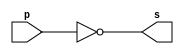
 // ------------------------- 
// Exemplo0002 - NOT 
// Nome:Leonardo Machado Decina 
// ------------------------- 
// ------------------------- 
// -- not gate 
// ------------------------- 
module notgate (output s, input p); 
assign s =~p; // criar vinculo permanente 
// (dependencia) 
endmodule //notgate 
// ------------------------- 
// -- test notgate 
// ------------------------- 
module testnotgate; 
// ------------------------- dados locais 
reg a; // definir registrador 
// (variavel independente) 
wire s; // definir conexao (fio) 
// (variavel dependente ) 
// ------------------------- instancia 
notgate NOT1 (s, a); 
// ------------------------- preparacao 
initial begin:start 
a=0; // valor inicial 
end 
// ------------------------- parte principal 
initial begin:main 
// execucao unitaria 
$display("Exemplo 0002 - Leonardo Machado Decina - 451588"); 
$display("Test NOT gate:"); 
$display("\n~a = s\n"); 
a=0;
#1 $display("~%b=%b",a,s);
a=1;
#1 $display("~%b=%b",a,s);
end
endmodule//testnotgate